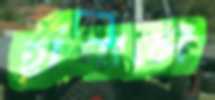
হাঁপালে